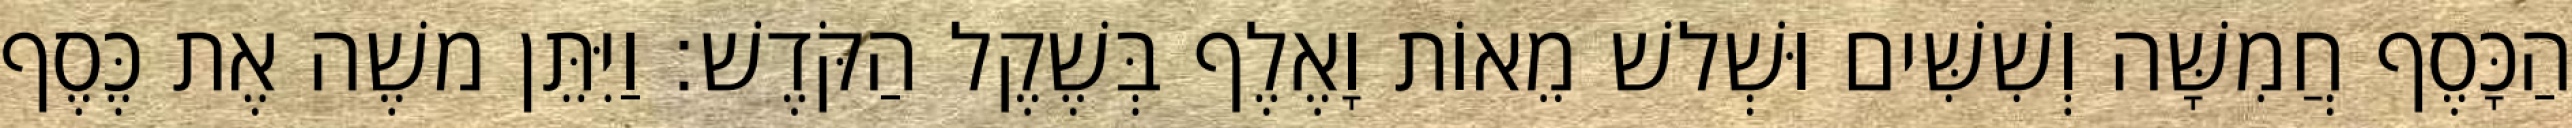
הַכָּסֶף חֲמִשָּׁה וְשִׁשִּׁים וּשְׁלשׁ מֵאוֹת וָאֶלֶף בְּשֶׁקֶל הַקֹּדֶשׁ׃ וַיִּתֵּן משֶׁה אֶת כֶּסֶף